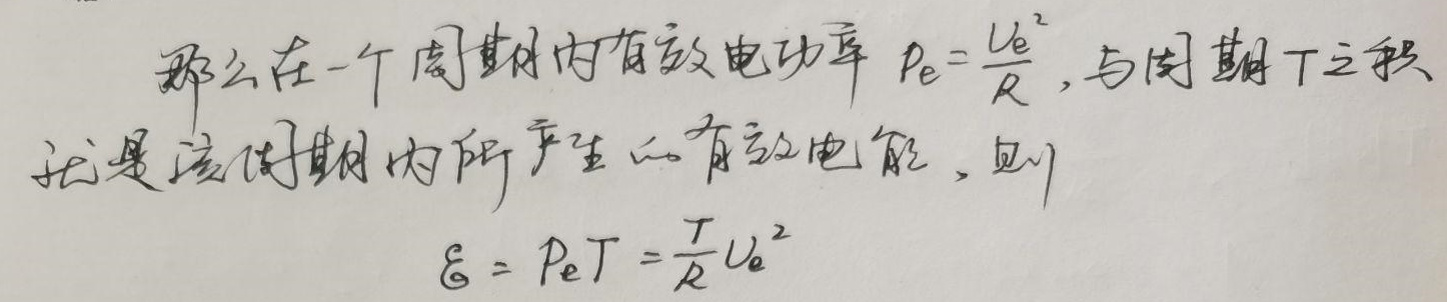
那么在一个周期内有效电功率 $P_{e}=\frac{U_{e}^{2}}{R}$，与周期 $T$ 之积就是该周期内所产生的有效电能，则

$\mathcal{E}=P_{e}T=\frac{T}{R}U_{e}^{2}$